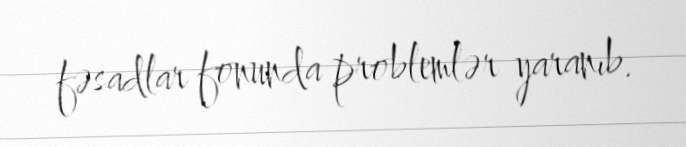
fəsadlar fonunda problemlər yaranıb.